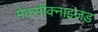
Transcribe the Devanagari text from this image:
मेक्सीक्नाइज़ड